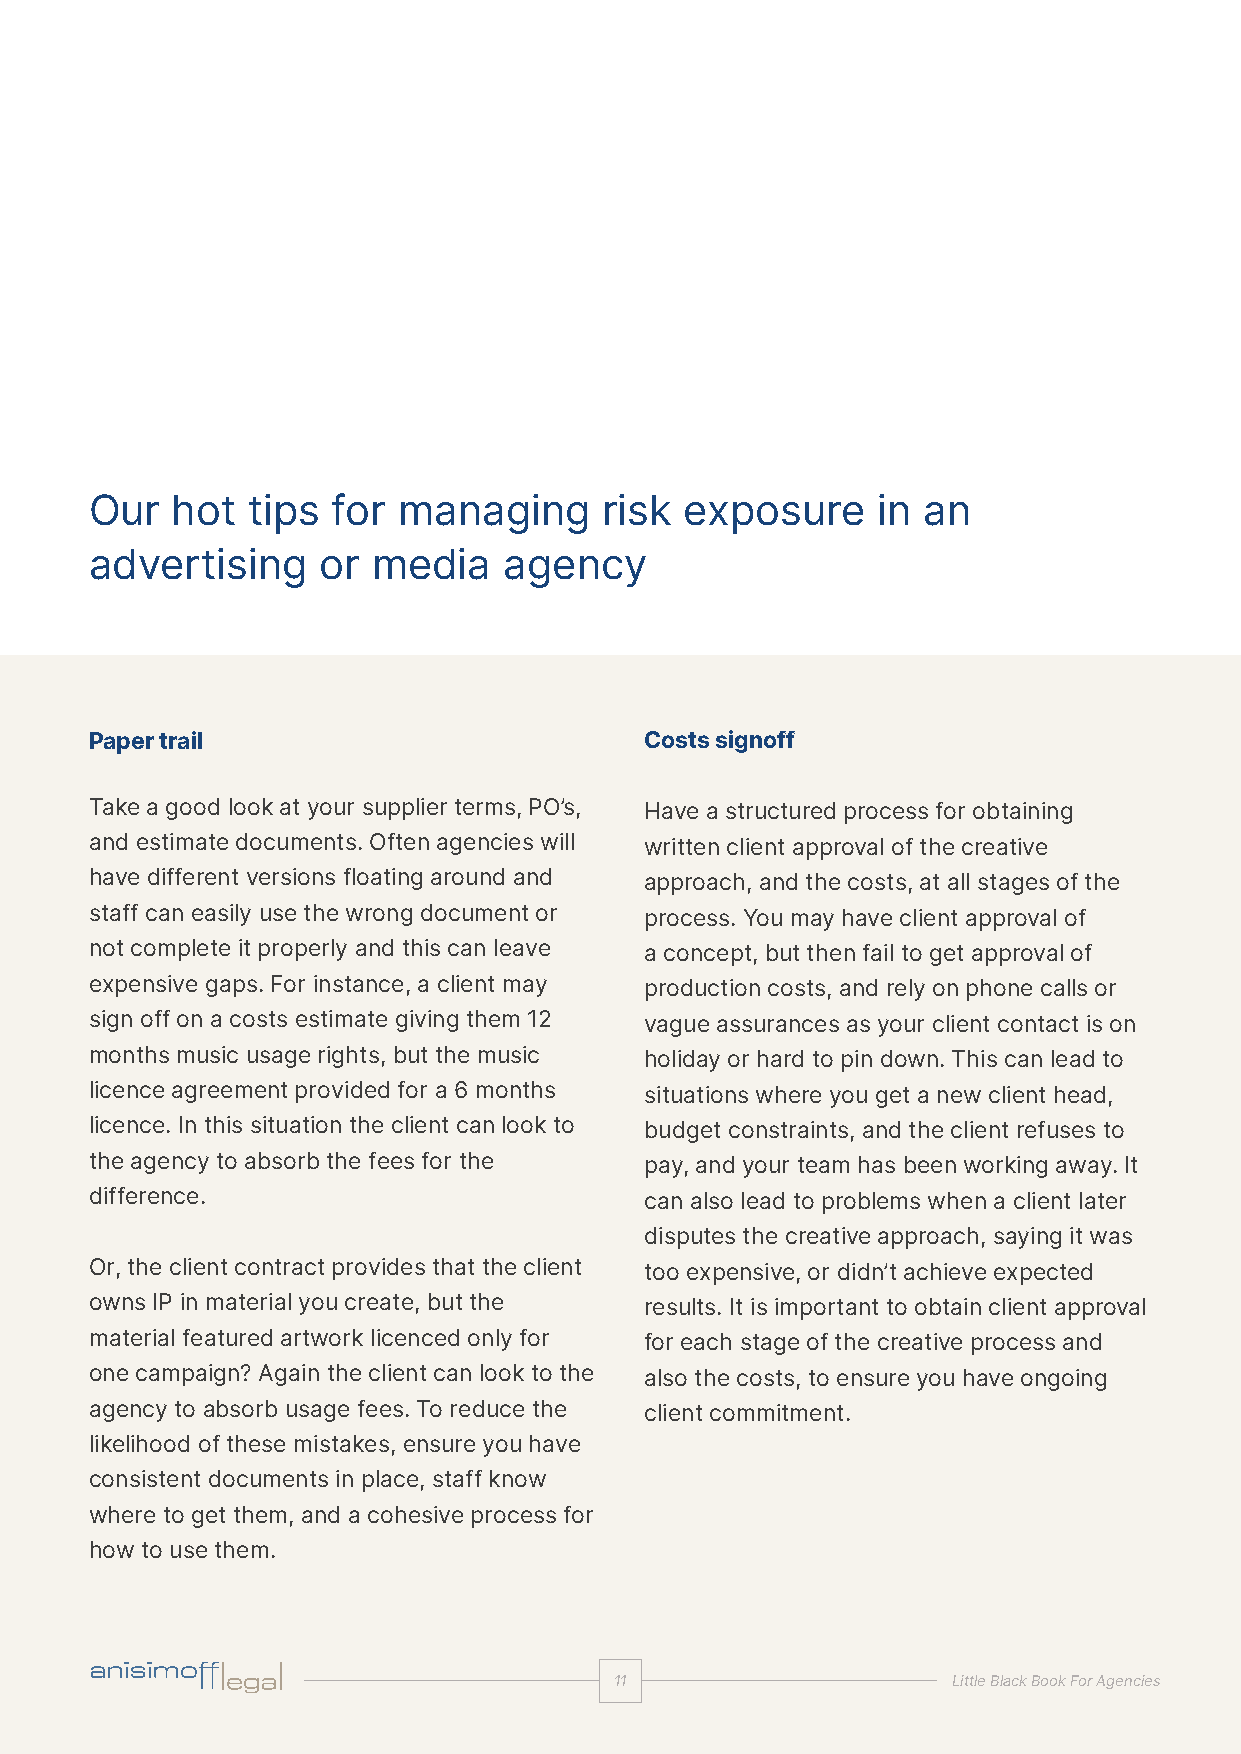
Our  hot  tips  for managing      risk exposure     in an
 advertising    or  media   agency
 Paper trail                          Costs signoff
 Take a good look at your supplier terms, PO’s, Have a structured process for obtaining
 and estimate documents. Often agencies will written client approval of the creative
 have different versions floating around and approach, and the costs, at all stages of the
 staff can easily use the wrong document or process. You may have client approval of
 not complete it properly and this can leave a concept, but then fail to get approval of
 expensive gaps. For instance, a client may production costs, and rely on phone calls or
 sign off on a costs estimate giving them 12 vague assurances as your client contact is on
 months music usage rights, but the music holiday or hard to pin down. This can lead to
 licence agreement provided for a 6 months situations where you get a new client head,
 licence. In this situation the client can look to budget constraints, and the client refuses to
 the agency to absorb the fees for the pay, and your team has been working away. It
 difference.                          can also lead to problems when a client later
 disputes the creative approach, saying it was
 Or, the client contract provides that the client too expensive, or didn’t achieve expected
 owns IP in material you create, but the results. It is important to obtain client approval
 material featured artwork licenced only for for each stage of the creative process and
 one campaign? Again the client can look to the also the costs, to ensure you have ongoing
 agency to absorb usage fees. To reduce the client commitment.
 likelihood of these mistakes, ensure you have
 consistent documents in place, staff know
 where to get them, and a cohesive process for
 how to use them.
 1111                  LLiittttllee BBllaacckk BBooookk FFoorr AAggeenncciieess
 ccoommmmeerrcciiaall || aaddvveerrttiissiinngg || mmeeddiiaa || IIPP